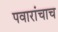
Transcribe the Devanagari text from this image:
पवारांचाच